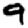
Digit: 9